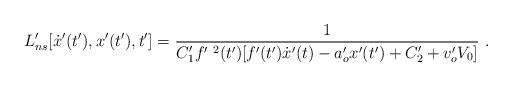
LaTeX: \begin{align*} L^{\prime}_{ns}[\dot{x}^{\prime}(t^{\prime}),x^{\prime}(t^{\prime}),t^{\prime}]= \frac{1}{C^{\prime}_1 f^{\prime\ 2} (t^{\prime}) [f^{\prime} (t^{\prime}) \dot{x}^{\prime}(t) - a^{\prime}_o x^{\prime}(t^{\prime})+C^{\prime}_2 + v^{\prime}_o V_0]}\ .\end{align*}